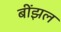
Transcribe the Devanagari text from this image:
बींझल